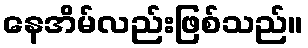
နေအိမ်လည်းဖြစ်သည်။